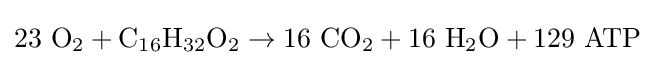
23\ \mathrm {O} _{2}+\mathrm {C} _{16}\mathrm {H} _{32}\mathrm {O} _{2}\to 16\ \mathrm {CO} _{2}+16\ \mathrm {H} _{2}\mathrm {O} +129\ \mathrm {ATP}